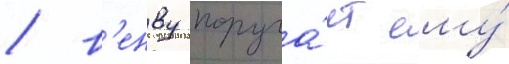
/ в'енву поруча́ет ему́